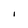
Character: I